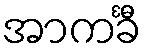
အာကင်္ခီ